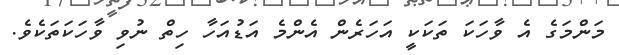
މަންމަގެ އެ ވާހަކަ ތަކަކީ އަހަރެން އެންމެ އަޑުއަހާ ހިތް ނުވި ވާހަކަތަކެވެ.